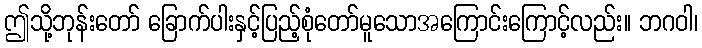
ဤသို့ဘုန်းတော် ခြောက်ပါးနှင့်ပြည့်စုံတော်မူသောအကြောင်းကြောင့်လည်း။ ဘဂဝါ၊